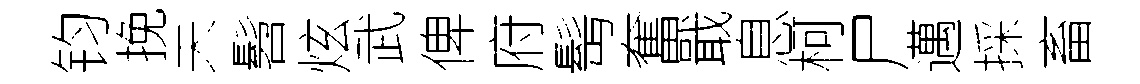
钧挽未髫炫武俾府髩奮戢息柯尸邁採畜